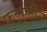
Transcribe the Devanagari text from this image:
फुझुलीने